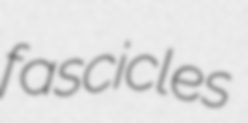
fascicles